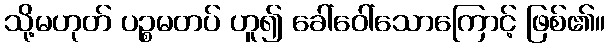
သို့မဟုတ် ပဉ္စမတပ် ဟူ၍ ခေါ်ဝေါ်သောကြောင့် ဖြစ်၏။